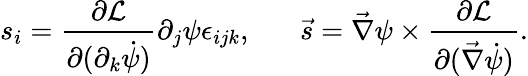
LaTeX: s_{i}=\frac{\partial\mathcal{L}}{\partial(\partial_{k}\dot{\psi})}\partial_{j}\psi\epsilon_{ijk},\; \; \; \; \; \; \vec{s}=\vec{\nabla}\psi\times\frac{\partial\mathcal{L}}{\partial(\vec{\nabla}\dot{\psi})}.